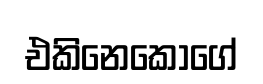
එකිනෙකොගේ